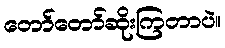
တော်တော်ဆိုးကြတာပဲ။